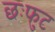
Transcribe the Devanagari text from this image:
छःफुट